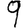
Digit: 9